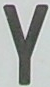
Y